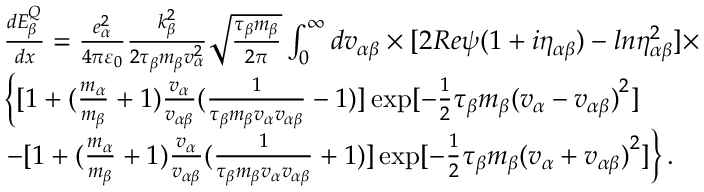
\begin{array} { r l } & { \frac { d E _ { \beta } ^ { Q } } { d x } = \frac { e _ { \alpha } ^ { 2 } } { 4 \pi { { \varepsilon } _ { 0 } } } \frac { k _ { \beta } ^ { 2 } } { 2 { { \tau } _ { \beta } } { { m } _ { \beta } } v _ { \alpha } ^ { 2 } } \sqrt { \frac { { { \tau } _ { \beta } } { { m } _ { \beta } } } { 2 \pi } } \int _ { 0 } ^ { \infty } { d { { v } _ { \alpha \beta } } } \times [ 2 R e \psi ( 1 + i { { \eta } _ { \alpha \beta } } ) - l n \eta _ { \alpha \beta } ^ { 2 } ] \times } \\ & { \left\{ [ 1 + ( \frac { { { m } _ { \alpha } } } { { { m } _ { \beta } } } + 1 ) \frac { { { v } _ { \alpha } } } { { { v } _ { \alpha \beta } } } ( \frac { 1 } { { { \tau } _ { \beta } } { { m } _ { \beta } } { { v } _ { \alpha } } { { v } _ { \alpha \beta } } } - 1 ) ] \exp [ - \frac { 1 } { 2 } { { \tau } _ { \beta } } { { m } _ { \beta } } { { ( { { v } _ { \alpha } } - { { v } _ { \alpha \beta } } ) } ^ { 2 } } ] \right. } \\ & { \left. - [ 1 + ( \frac { { { m } _ { \alpha } } } { { { m } _ { \beta } } } + 1 ) \frac { { { v } _ { \alpha } } } { { { v } _ { \alpha \beta } } } ( \frac { 1 } { { { \tau } _ { \beta } } { { m } _ { \beta } } { { v } _ { \alpha } } { { v } _ { \alpha \beta } } } + 1 ) ] \exp [ - \frac { 1 } { 2 } { { \tau } _ { \beta } } { { m } _ { \beta } } { { ( { { v } _ { \alpha } } + { { v } _ { \alpha \beta } } ) } ^ { 2 } } ] \right\} . } \end{array}